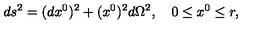
d s ^ { 2 } = ( d x ^ { 0 } ) ^ { 2 } + ( x ^ { 0 } ) ^ { 2 } d \Omega ^ { 2 } , \quad 0 \le x ^ { 0 } \le r ,